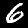
Label: 6